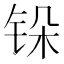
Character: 𬭆